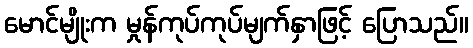
မောင်မျိုးက မှုန်ကုပ်ကုပ်မျက်နှာဖြင့် ပြောသည်။